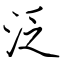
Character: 泛